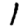
Digit: 1